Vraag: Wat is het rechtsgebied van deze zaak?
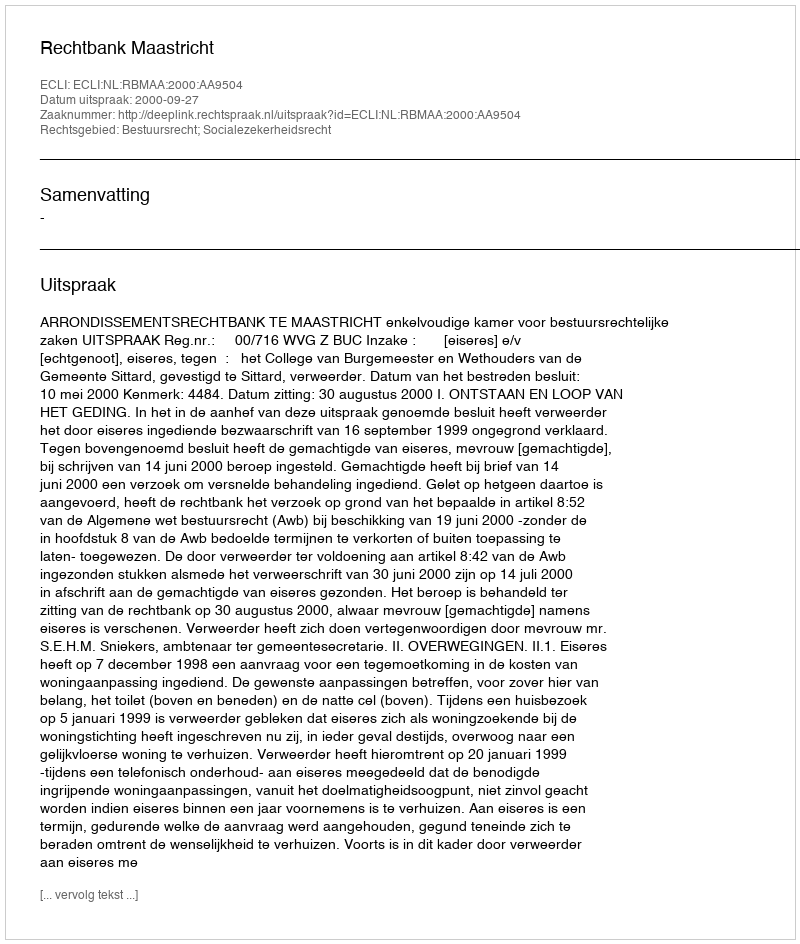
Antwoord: Bestuursrecht; Socialezekerheidsrecht